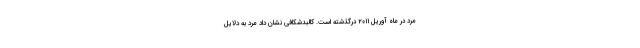
مرد در ماه آوریل ۲۰۱۱ درگذشته است. کالبدشکافی نشان داد مرد به دلایل